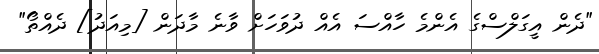
"ދެން އީގަލްސްގެ އެންމެ ހާއްސަ އެއް ދުވަހަށް ވާނެ މާދަން [މިއަދު] ދެއްތޯ"